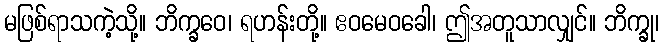
မဖြစ်ရာသကဲ့သို့။ ဘိက္ခဝေ၊ ရဟန်းတို့။ ဧဝမေဝခေါ၊ ဤအတူသာလျှင်။ ဘိက္ခု၊